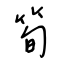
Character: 筍